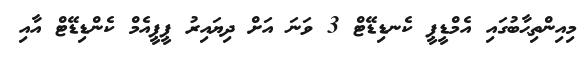
މިއިންތިޙާބުގައި އެމްޑީޕީ ކެނޑިޑޭޓް 3 ވަނަ އަށް ދިޔައިރު ޕީޕީއެމް ކެންޑިޑޭޓް އާއި